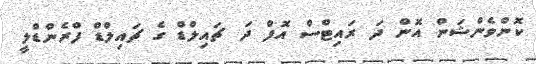
ކޮންވެންޝަން އޮން ދަ ރައިޓްސް އޮފް ދަ ޗައިލްޑް ގެ ޗައިލްޑް ފްރެންޑްލީ